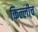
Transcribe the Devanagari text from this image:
किल्लीच